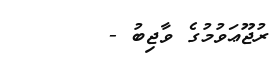
ރުޖޫޢަވުމުގެ ވާޖިބު -